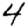
Digit: 4